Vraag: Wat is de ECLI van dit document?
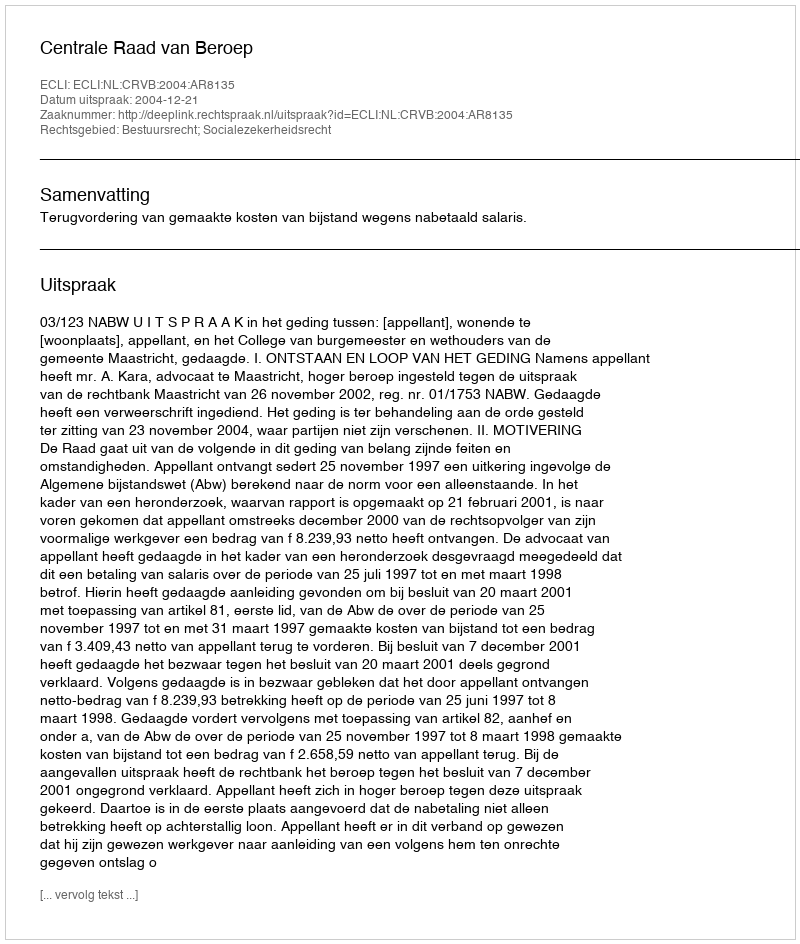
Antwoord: ECLI:NL:CRVB:2004:AR8135